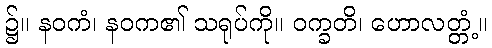
၌။ နဝကံ၊ နဝက၏ သရုပ်ကို။ ဝက္ခတိ၊ ဟောလတ္တံ့။